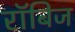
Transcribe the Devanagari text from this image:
रॉबिज